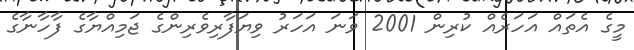
މީގެ އެތައް އަހަރެއް ކުރިން 2001 ވަނަ އަހަރު ވިޔަފާރިވެރިންގެ ޖަމިއްޔާގެ ފާހާނާގެ